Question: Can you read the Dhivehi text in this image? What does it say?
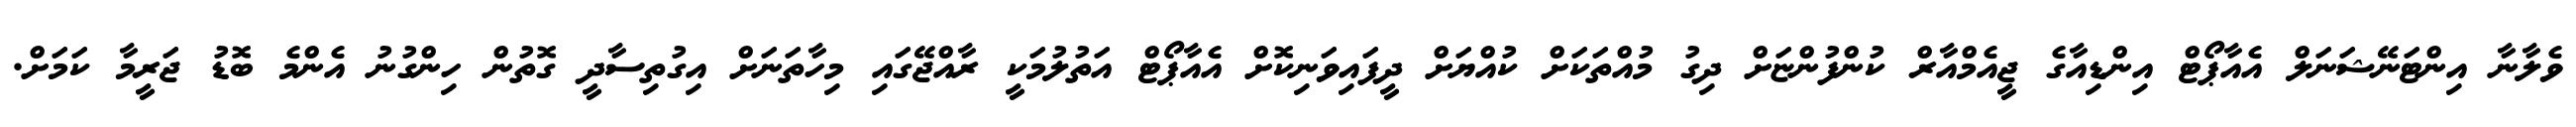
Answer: ވެލާނާ އިންޓަނޭޝަނަލް އެއާޕޯޓް އިންޑިއާގެ ޖީއެމްއާރް ކުންފުންޏަށް ދިގު މުއްތަކަށް ކުއްޔަށް ދީފައިވަނިކޮށް އެއާޕޯޓް އަތުލުމަކީ ރާއްޖޭގައި މިހާތަނަށް އިގުތިސާދީ ގޮތުން ހިންގުނު އެންމެ ބޮޑު ޖަރީމާ ކަމަށް.